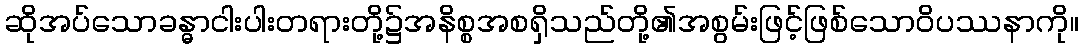
ဆိုအပ်သောခန္ဓာငါးပါးတရားတို့၌အနိစ္စအစရှိသည်တို့၏အစွမ်းဖြင့်ဖြစ်သောဝိပဿနာကို။